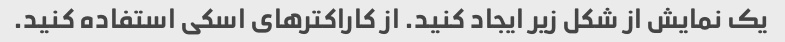
یک نمایش از شکل زیر ایجاد کنید. از کاراکترهای اسکی استفاده کنید.